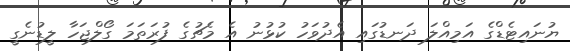
ޔުނައިޓެޑްގެ އަމިއްލަ ދަނޑުގައި އެދުވަހު ކުޅުނު އެ މެޗުގެ ފުރަތަމަ ގޯލްޖަހާ ލީޑުނެގީ